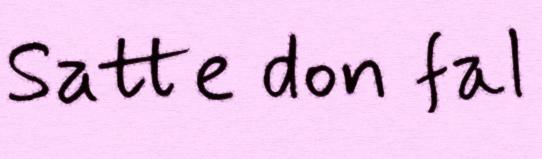
Satte don fal